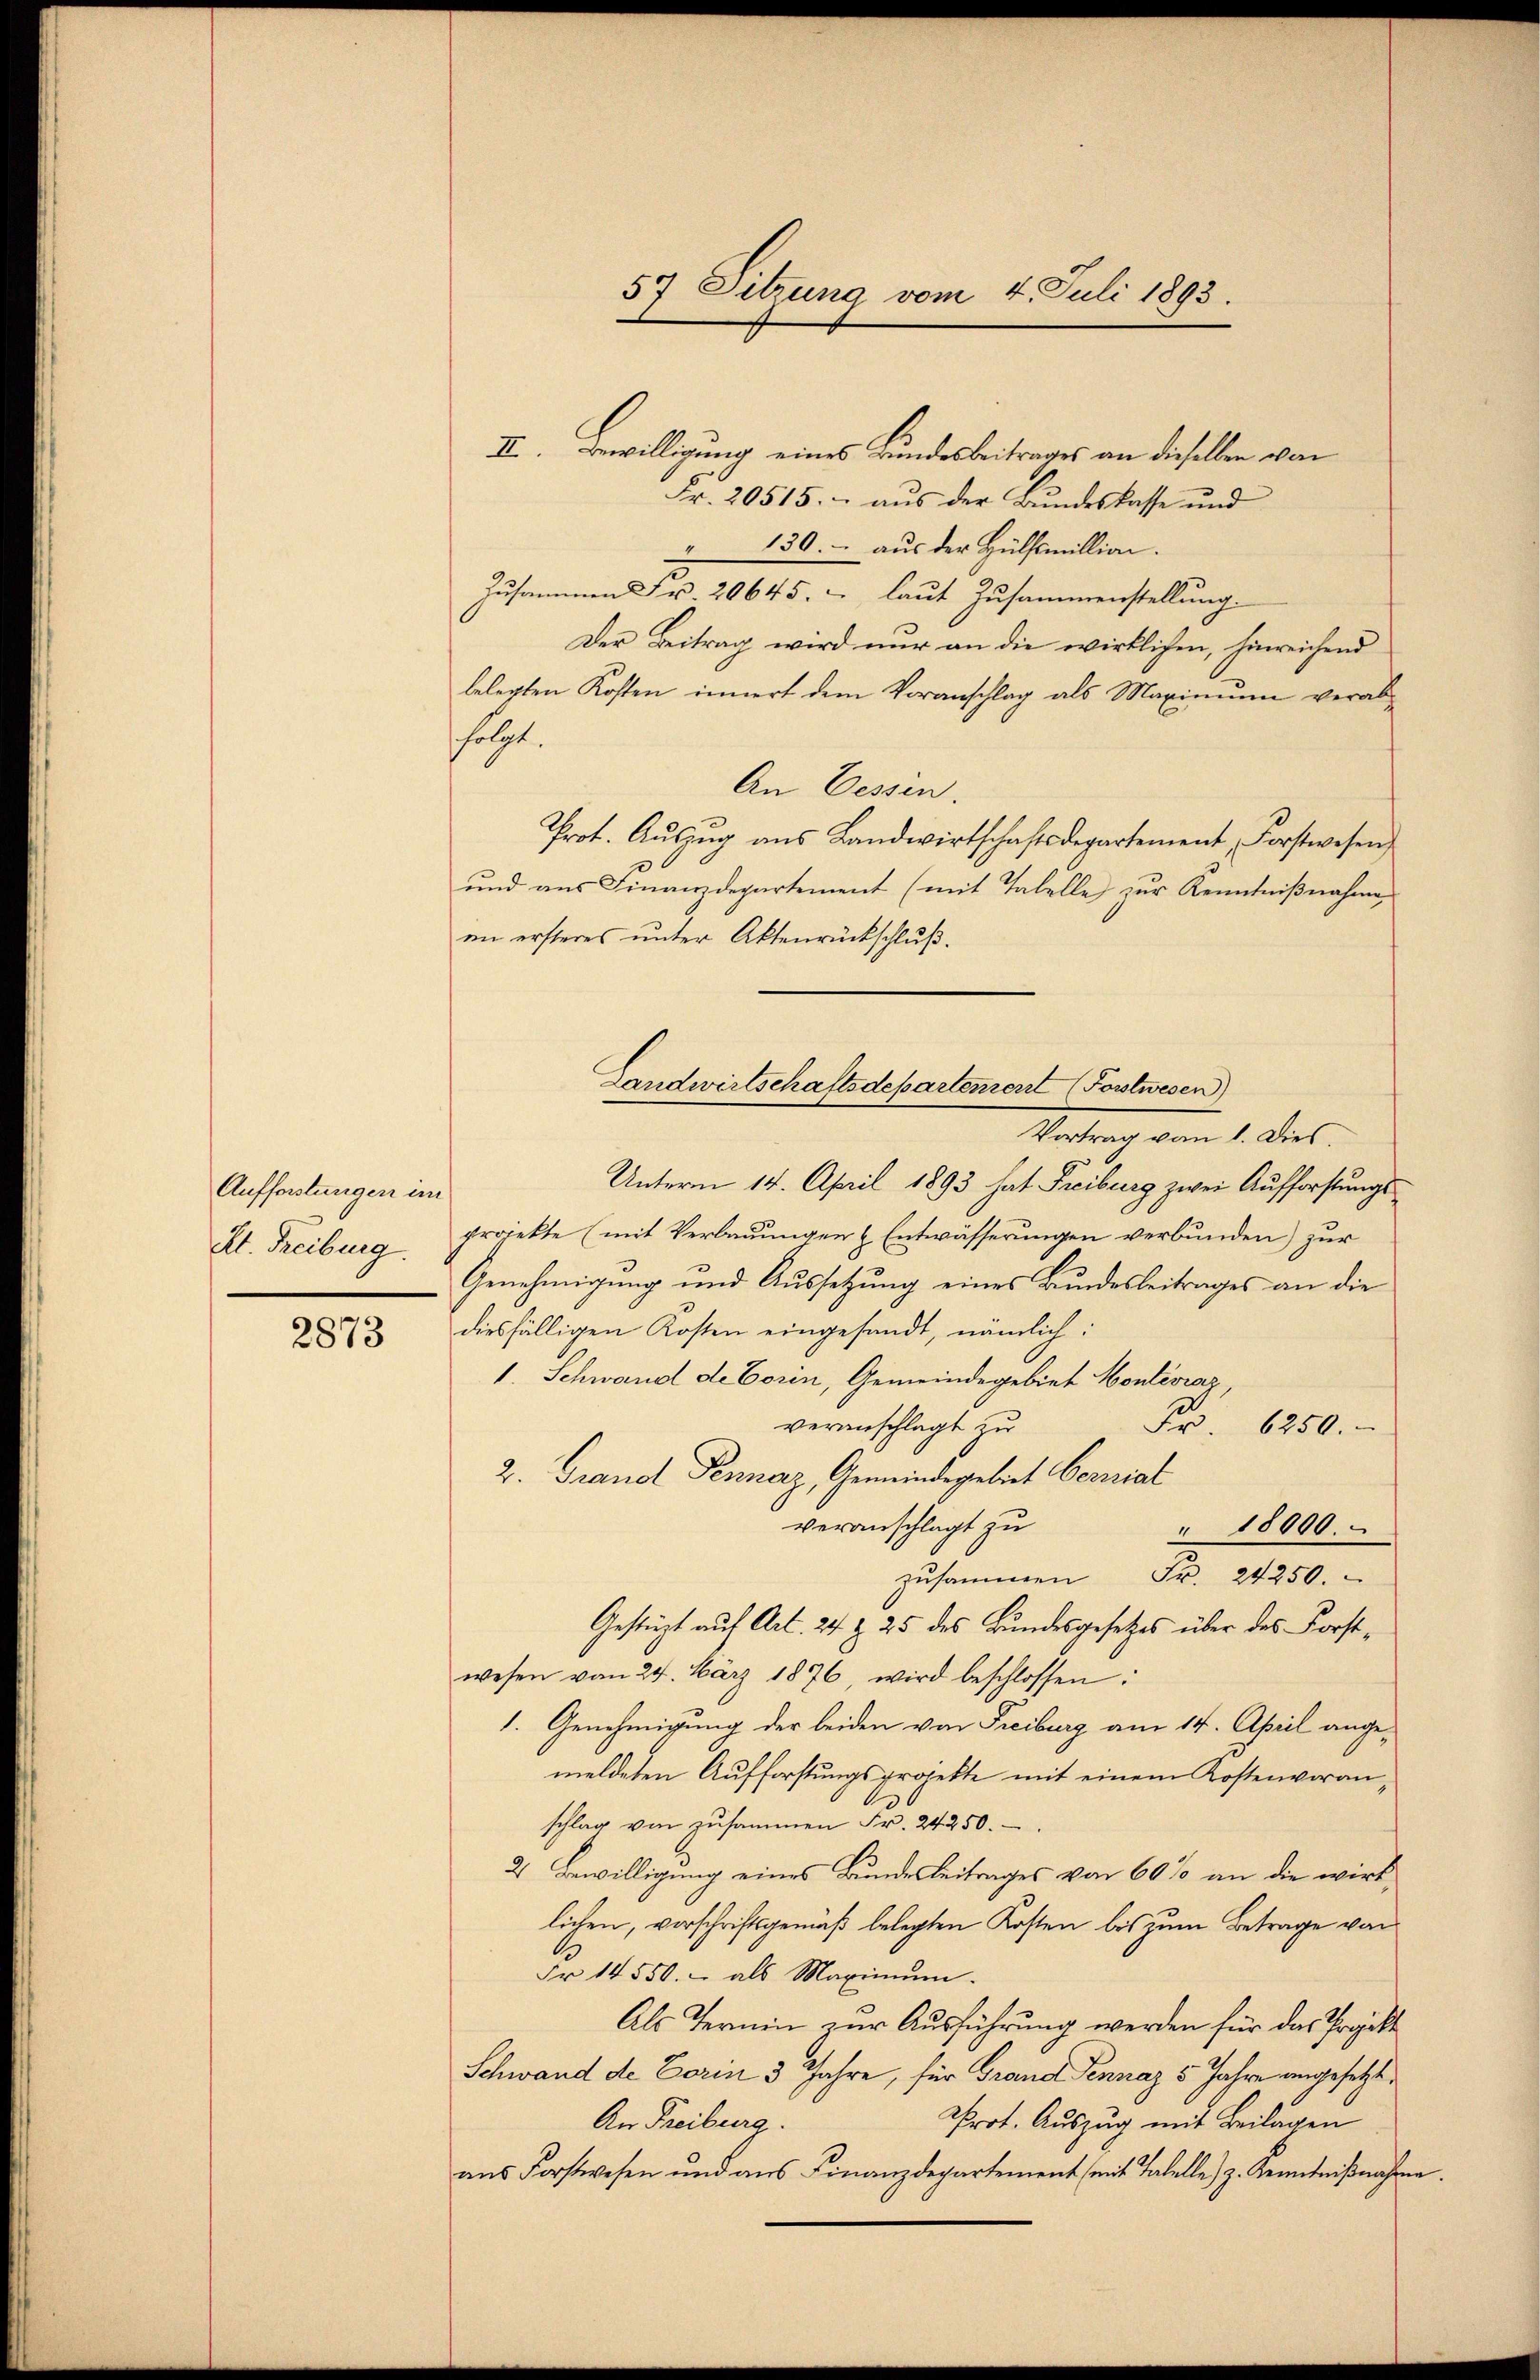
Aufforstungen im
Kt. Treiburg.

2873

II. Bewilligung eines Bundesbeitrages an dieselben von
Fr. 20515. - aus der Bundeskasse und
130. aus der Hülfsmillion.
machte
Zusammen Fr. 20645. laut Zusammenstellung.
Der Beitrag wird nur an die wirklichen, hinreichend
belegten Kosten innert dem Voranschlag als Maximŭm verab-
folgt.
An Eessen.
Prot. Aŭszŭg aŭs Landwirtschaftsdepartement Forstwesen
und aus Finanzdepartement (mit Tabelle zur Kenntnißnahme,
en ersteres unter Aktenrückschluß.
Vortrag von 1. Dies
Unterm 14. April 1893 hat Freiburg zwei Aufforstungsprojekte (mit Verbauungen (Entwässerungen verbunden) zur
Genehmigung und Aussetzung eines Bundesbeitrages an die
diesfälligen Kosten eingesandt, nämlich:
1. Schwand de Corin, Gemeinde gebiet Monteviaz,
veranschlagt zu
Fr. 6250.
2. Grand Pennaz, Gemeindegebiet Coerial
veranschlagt zu
" 18000.
zusammen Fr. 24250.
Gestüzt auf Art. 24 t 25 des Bundesgesetzes über das Forstwesen vom 24. März 1876, wird beschlossen:
1. Genehmigung der beiden von Freiburg am 14. April angemeldeten Aufforstŭngsprojekte mit einem Kostenvoran-
schlag von zusammen Fr. 24250.
2 Bewilligung eines Bundesbeitrages von 60% an die wirklichen, vorschriftsgemäß belegten Kosten bis zum Betrage von
A
Fr. 14550.- als Maximum.
Als Termin zur Ausführung werden für das Projekte
Schwand de Form 3 Jahre, für Grand Sennaz 5 Jahre eingesetzt,
Prot. Auszug mit Beilagen
An Freiburg
ans Forstwesen und aŭs Finanzdepartement mit Tabelle, z. Kenntniβnahme.

57 Sitzung vom 4. Juli 1893.

Landwirtschaftsdeparteniert (Postwesen)